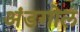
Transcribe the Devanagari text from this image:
अंडगोल